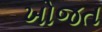
ખોજત